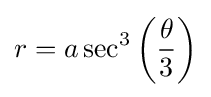
r=a\sec ^{3}\left({\frac {\theta }{3}}\right)